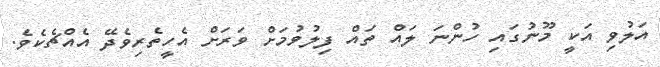
އަލުވި އަކީ މޫނުގައި ހުންނަ ލައް ތައް ފިލުވުމަށް ވަރަށް އެހީތެރިވެދޭ އެއްޗެކެވެ.